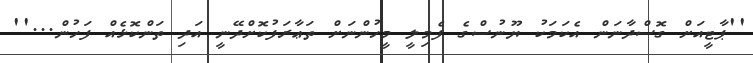
''ޕާޓީއަށް ގޮސްދާނަން އެކަމަކު ޔޫނުސްގެ ފެމިލީ މީހުންނަށް ތަޢާރަފުކޮށްދޭނީ އަދި ތަންކޮޅެއް ފަހުން...''